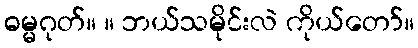
ဓမ္မဂုတ်။ ။ ဘယ်သမိုင်းလဲ ကိုယ်တော်။